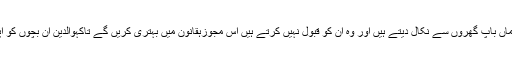
" خواجہ سراؤں کو ان کے ماں باپ گھروں سے نکال دیتے ہیں اور وہ ان کو قبول نہیں کرتے ہیں اس مجوزہقانون میں بہتری کریں گے تاکہوالدین ان بچوں کو اپنائیت سے محروم نا کریں۔